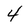
Character: 4